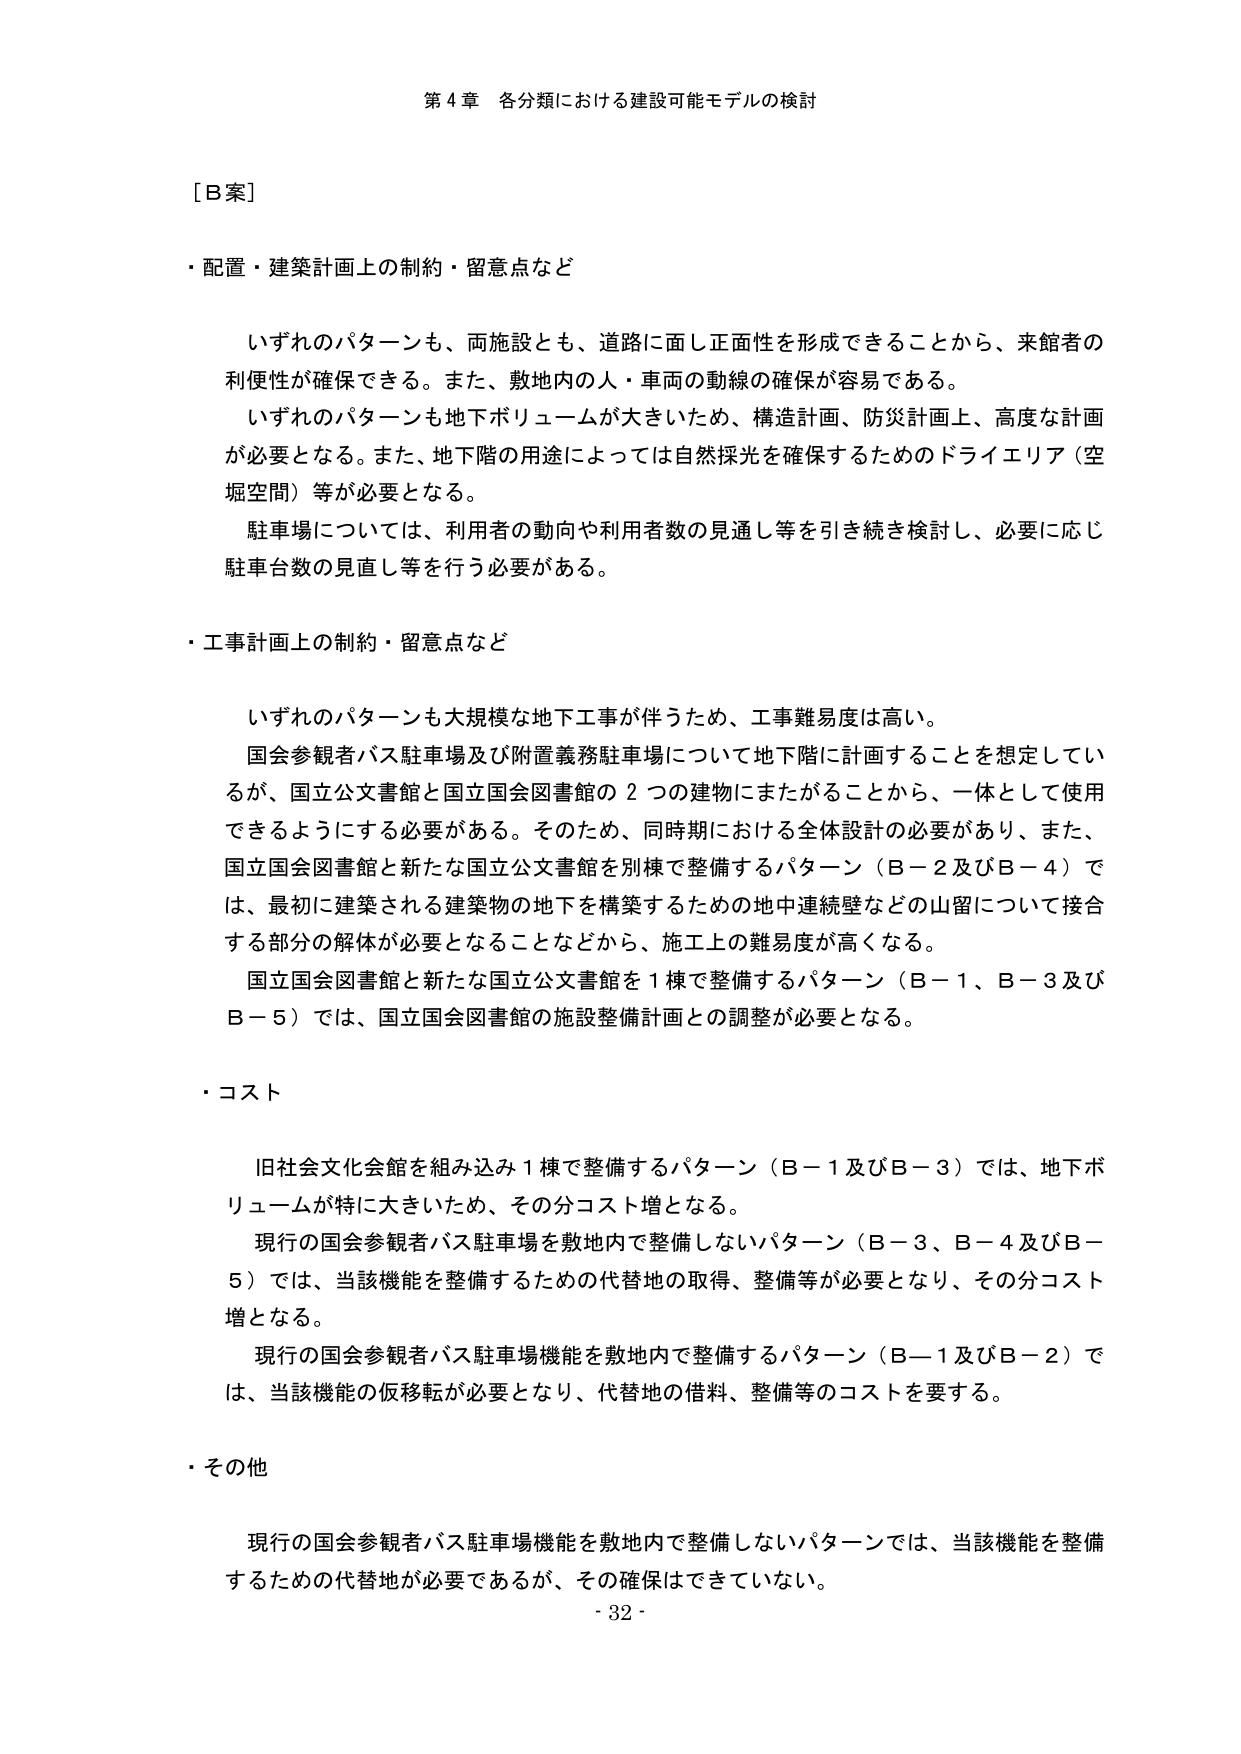
第４章 各分類における建設可能モデルの検討

［Ｂ案］

・配置・建築計画上の制約・留意点など

　いずれのパターンも、両施設とも、道路に面し正面性を形成できることから、来館者の利便性が確保できる。また、敷地内の人・車両の動線の確保が容易である。
　いずれのパターンも地下ボリュームが大きいため、構造計画、防災計画上、高度な計画が必要となる。また、地下階の用途によっては自然採光を確保するためのドライエリア（空堀空間）等が必要となる。
　駐車場については、利用者の動向や利用者数の見通し等を引き続き検討し、必要に応じ駐車台数の見直し等を行う必要がある。

・工事計画上の制約・留意点など

　いずれのパターンも大規模な地下工事が伴うため、工事難易度は高い。
　国会参観者バス駐車場及び附置義務駐車場について地下階に計画することを想定しているが、国立公文書館と国立国会図書館の２つの建物にまたがることから、一体として使用できるようにする必要がある。そのため、同時期における全体設計の必要があり、また、国立国会図書館と新たな国立公文書館を別棟で整備するパターン（Ｂ－２及びＢ－４）では、最初に建築される建物の地下を構築するための地中連続壁などの山留について接合する部分の解体が必要となることなどから、施工上の難易度が高くなる。
　国立国会図書館と新たな国立公文書館を１棟で整備するパターン（Ｂ－１、Ｂ－３及びＢ－５）では、国立国会図書館の施設整備計画との調整が必要となる。

・コスト

　旧社会文化会館を組み込み１棟で整備するパターン（Ｂ－１及びＢ－３）では、地下ボリュームが特に大きいため、その分コスト増となる。
　現行の国会参観者バス駐車場を敷地内で整備しないパターン（Ｂ－３、Ｂ－４及びＢ－５）では、当該機能を整備するための代替地の取得、整備等が必要となり、その分コスト増となる。
　現行の国会参観者バス駐車場機能を敷地内で整備するパターン（Ｂ－１及びＢ－２）では、当該機能の仮移転が必要となり、代替地の借料、整備等のコストを要する。

・その他

　現行の国会参観者バス駐車場機能を敷地内で整備しないパターンでは、当該機能を整備するための代替地が必要であるが、その確保はできていない。
　- 32 -